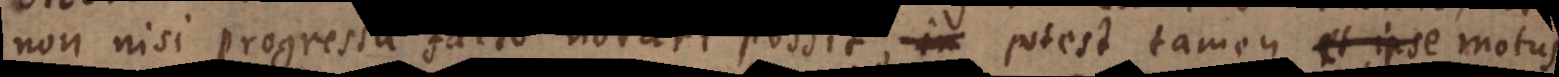
non nisi progressu facto notari possit, potest tamen et ipse motus